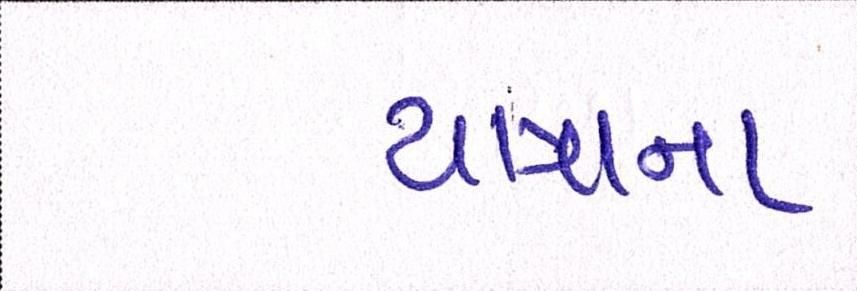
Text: યાત્રાના